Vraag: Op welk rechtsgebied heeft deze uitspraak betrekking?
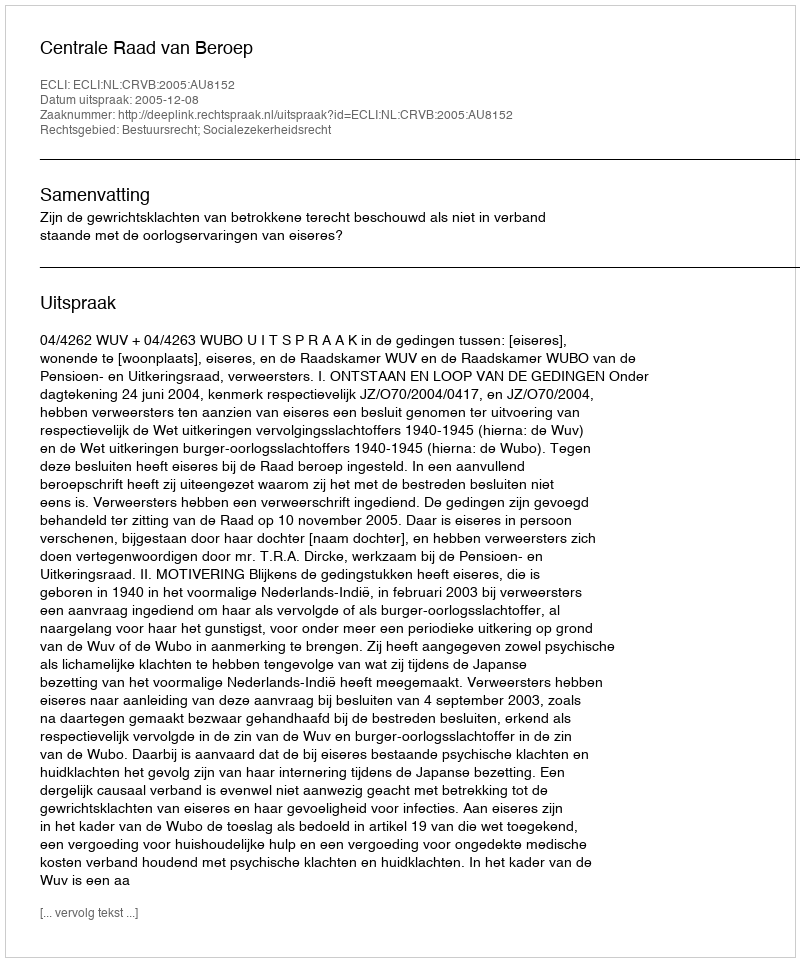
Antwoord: Bestuursrecht; Socialezekerheidsrecht